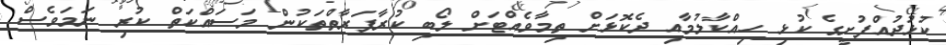
ކުޅުދުއްފުށީގެ ކުޅި ހިއްކާލުމާއި ދެކޮޅަށް ތިމާވެއްޓަށް ލޯބި ކުރާފަރާތްތަކުން މަސައްކަތް ކުރި ނަމަވެސް